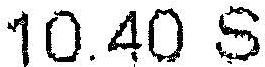
10.40 S